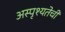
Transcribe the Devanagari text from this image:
अस्पृश्‍यतेची